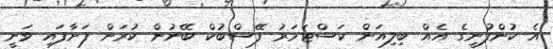
އެ ކުންފުނީގެ އެއް ބިލިއަން ކަސްޓަމަރު ފޭސްބުކް ބޭނުން ކުރަން ފަށާފައި ވަނީ